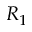
R _ { 1 }